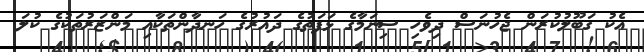
އެކު ގަބޫލުކުރަން ޖެހުނަސް ދިވެހި ސިނަމާގެ ޅަފަތުގެ ދައުރުގެ ހަނދާންތަކާއި މަންޒަރުތަކުގެ ކުލަ